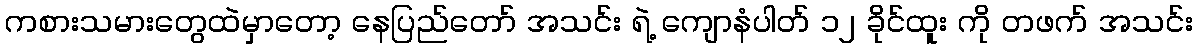
ကစားသမားတွေထဲမှာတော့ နေပြည်တော် အသင်း ရဲ့ ကျောနံပါတ် ၁၂ ခိုင်ထူး ကို တဖက် အသင်း